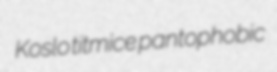
Koslo titmice pantophobic